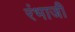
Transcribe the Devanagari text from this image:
रंभाजी